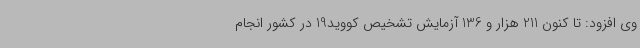
وی افزود: تا کنون 211 هزار و 136 آزمایش تشخیص کووید19 در کشور انجام